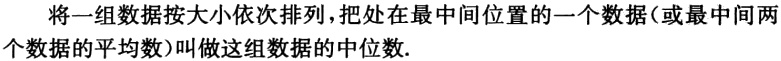
将一组数据按大小依次排列，把处在最中间位置的一个数据（或最中间两个数据的平均数）叫做这组数据的中位数.